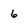
Character: 6